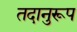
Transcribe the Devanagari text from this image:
तदानुरूप